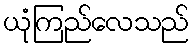
ယုံကြည်လေသည်